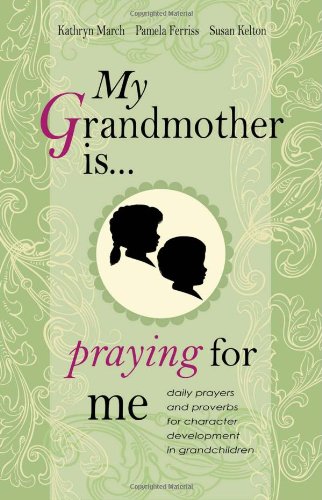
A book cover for My Grandmother Is ... Praying for Me; Kathryn March; Parenting & Relationships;